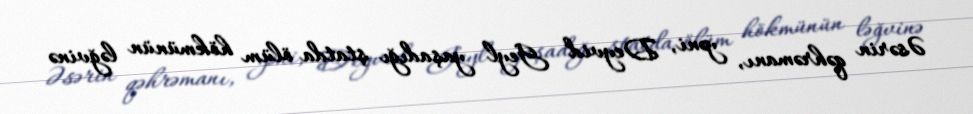
Əsərin qəhrəmanı, yəni, Deyvid Geyl yaşadığı ştatda ölüm hökmünün ləğvinə